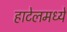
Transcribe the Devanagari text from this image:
हाटेलमध्ये